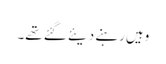
وہیں رہنے دیئے گئے تھے۔